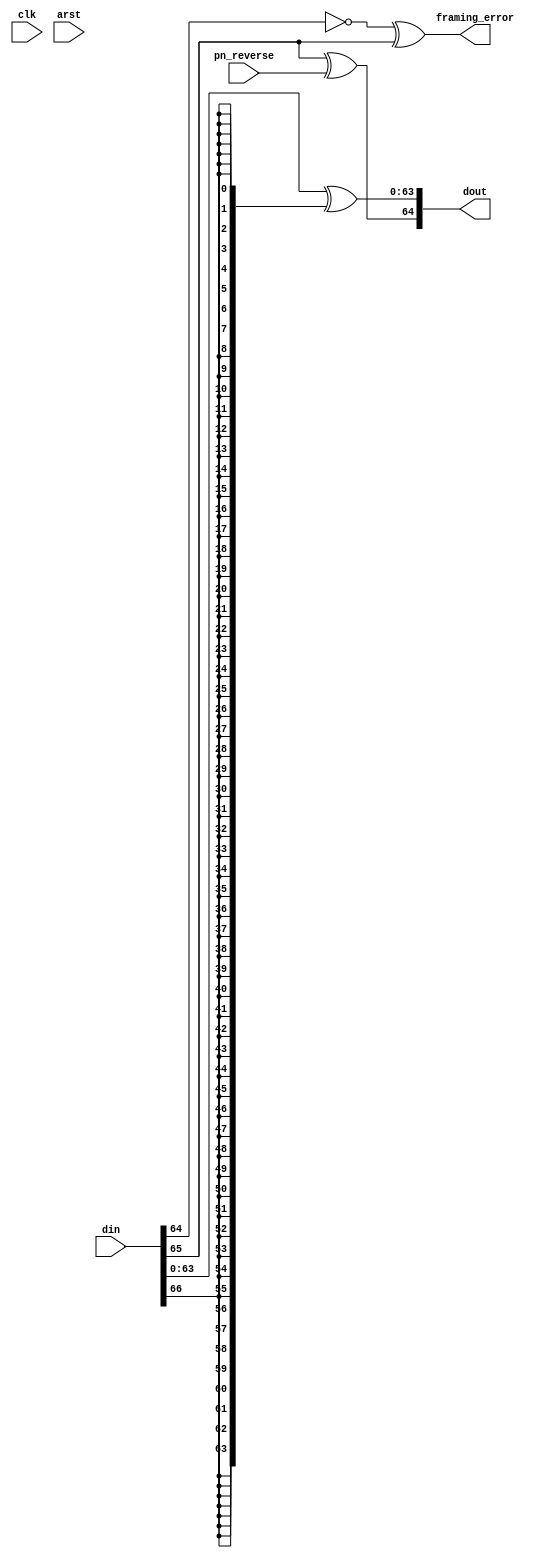
module dec_67_64 (
	input clk, arst,
	input [66:0] din,
	input pn_reverse, 
	output [64:0] dout, // bit 64=1 indicates control word
	output framing_error
);

assign dout[63:0] = din[63:0] ^ {64{din[66]}}; // +/- data
assign dout[64] = din[65] ^ pn_reverse; // 1 for control words
assign framing_error = ~din[64] ^ din[65];

endmodule